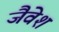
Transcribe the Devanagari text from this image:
जैवेश